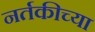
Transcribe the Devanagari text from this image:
नर्तकीच्या